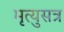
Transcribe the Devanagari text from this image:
मृत्युसत्र